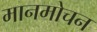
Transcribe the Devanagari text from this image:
मानमोचन